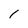
Character: 1